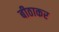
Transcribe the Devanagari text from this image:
बीठाकर